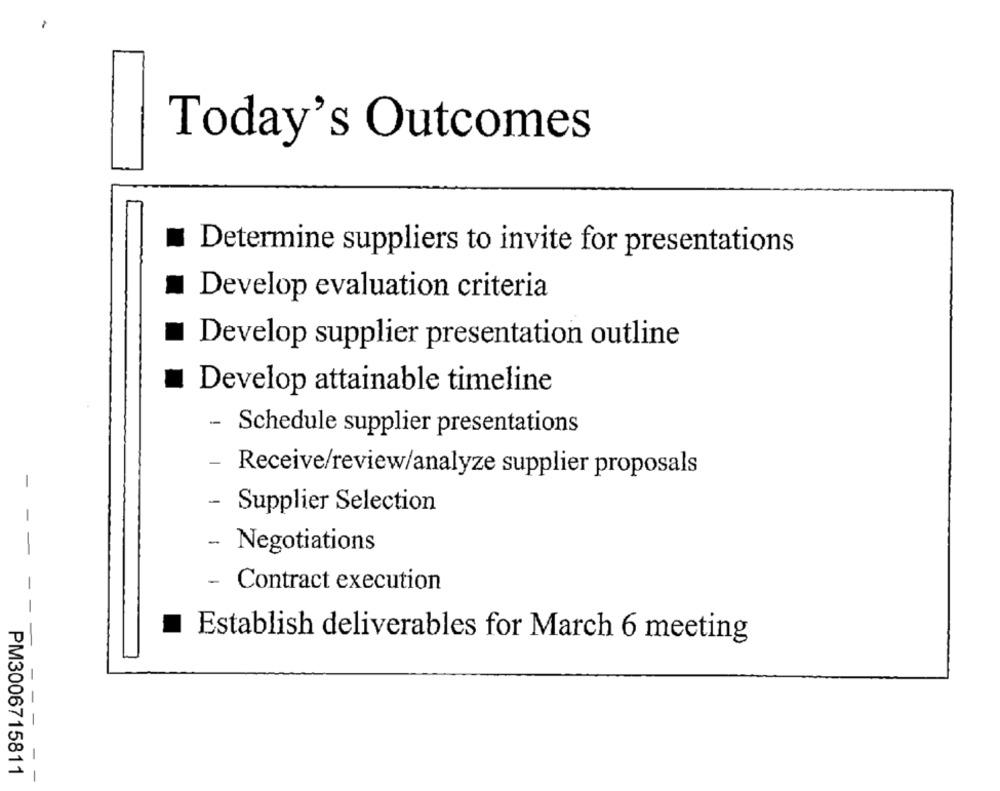
Today's Outcomes
Determine suppliers to invite for presentations
Develop evaluation criteria
Develop supplier presentation outline
Develop attainable timeline
Schedule supplier presentations
Receive/review/analyze supplier proposals
- Supplier Selection
Negotiations
Contract execution
Establish deliverables for March 6 meeting
-
-
PM3006715811